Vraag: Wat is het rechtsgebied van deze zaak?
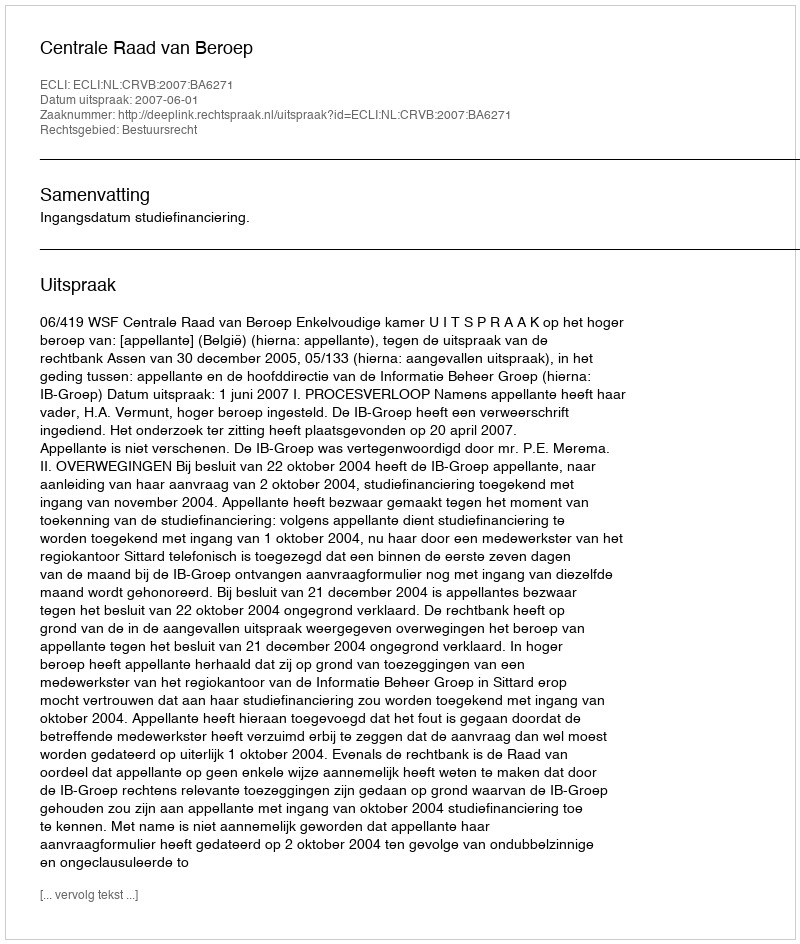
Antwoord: Bestuursrecht